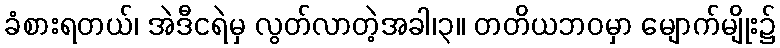
ခံစားရတယ်၊ အဲဒီငရဲမှ လွတ်လာတဲ့အခါ၊၃။ တတိယဘဝမှာ မျောက်မျိုး၌